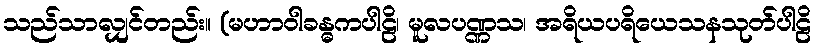
သည်သာလျှင်တည်း။ (မဟာဝါခန္ဓကပါဠိ၊ မူလပဏ္ဏသ၊ အရိယပရိယေသနသုတ်ပါဠိ